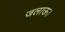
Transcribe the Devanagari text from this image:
जलाऊ।